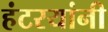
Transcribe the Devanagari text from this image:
हंटरयांनी